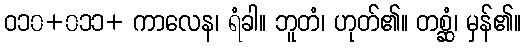
ဝ၁၀+၀၁၁+ ကာလေန၊ ရံခါ။ ဘူတံ၊ ဟုတ်၏။ တစ္ဆံ၊ မှန်၏။